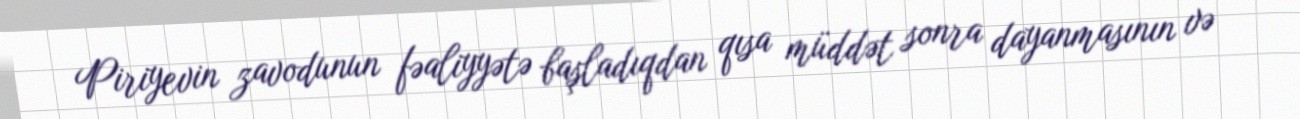
Piriyevin zavodunun fəaliyyətə başladıqdan qısa müddət sonra dayanmasının və